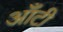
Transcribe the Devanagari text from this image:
आँटी